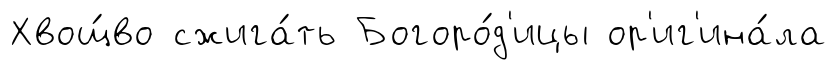
Хвощ́во сжига́ть Богоро́д'ицы ор'иг'ина́ла